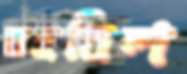
তহবিল